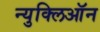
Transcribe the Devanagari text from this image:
न्युक्लिऑन